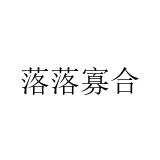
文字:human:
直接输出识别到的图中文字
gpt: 落落寡合